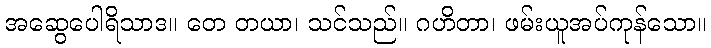
အဆွေပေါရိသာဒ။ တေ တယာ၊ သင်သည်။ ဂဟိတာ၊ ဖမ်းယူအပ်ကုန်သော။